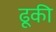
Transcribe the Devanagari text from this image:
ढूकी